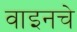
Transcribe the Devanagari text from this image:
वाइनचे